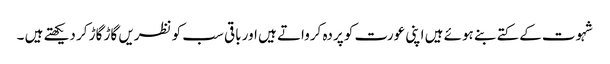
شہوت کے کتے بنے ہوئے ہیں اپنی عورت کو پردہ کرواتے ہیں اور باقی سب کو نظریں گاڑ گاڑ کر دیکھتے ہیں ۔